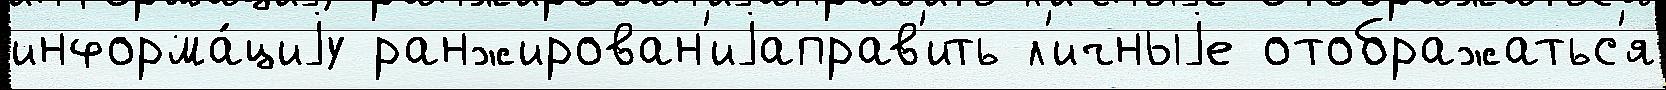
информа́циjу ранжирован'иjаправ'ить л'ичныjе отображатьс'я